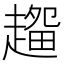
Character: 𰷽